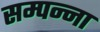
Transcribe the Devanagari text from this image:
सम्पन्ना